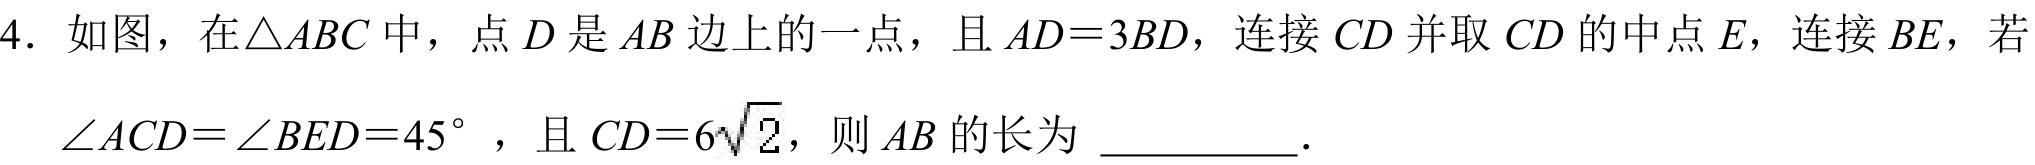
4. 如图，在\(\triangle ABC\)中，点\(D\)是\(AB\)边上的一点，且\(AD = 3BD\)，连接\(CD\)并取\(CD\)的中点\(E\)，连接\(BE\)，若\(\angle ACD=\angle BED = 45^{\circ}\)，且\(CD = 6\sqrt{2}\)，则\(AB\)的长为 \underline{\qquad}．